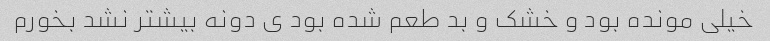
خیلی مونده بود و خشک و بد طعم شده بود ی دونه بیشتر نشد بخورم